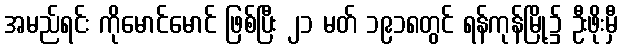
အမည်ရင်း ကိုမောင်မောင် ဖြစ်ပြီး ၂၁ မတ် ၁၉၁၈တွင် ရန်ကုန်မြို့၌ ဦးဖိုးမှီ